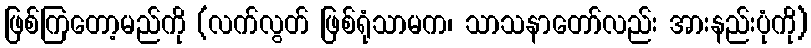
ဖြစ်ကြတော့မည်ကို (လက်လွတ် ဖြစ်ရုံသာမက၊ သာသနာတော်လည်း အားနည်းပုံကို)